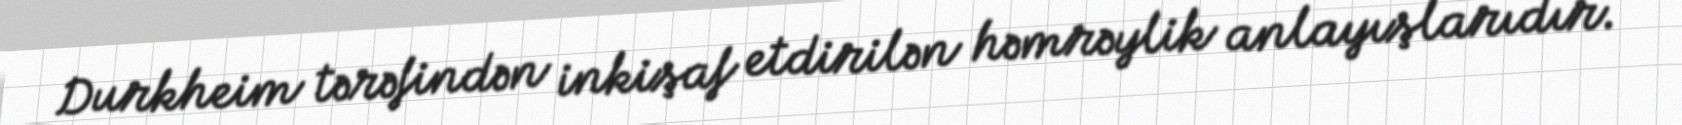
Durkheim tərəfindən inkişaf etdirilən həmrəylik anlayışlarıdır.